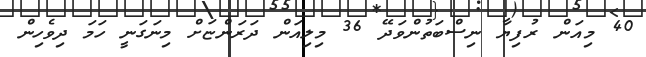
40 މިއަން ރުފިޔާ ނިސްބަތުންވަދޭ 36 މިލިއަން ދަރަންޏަށް މިނަގަނީ ހަމަ ދިވެހިން